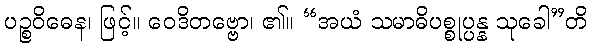
ပဉ္စဝိဓေန၊ ဖြင့်။ ဝေဒိတဗ္ဗော၊ ၏။ “အယံ သမာဓိပစ္စုပ္ပန္န သုခေါ”တိ